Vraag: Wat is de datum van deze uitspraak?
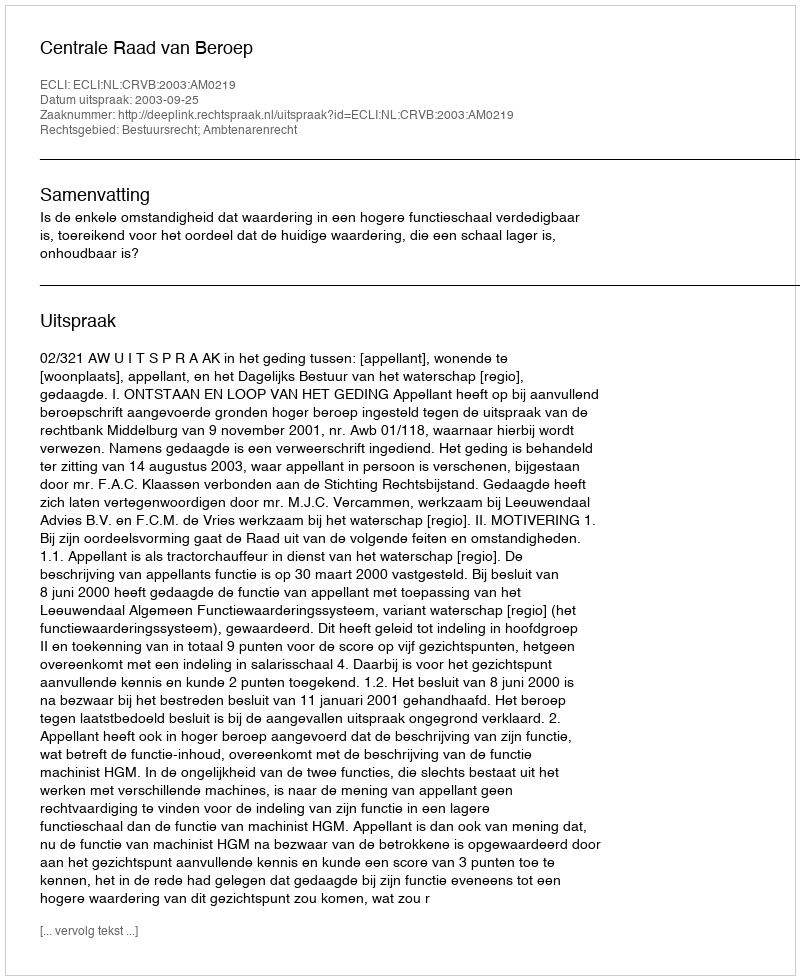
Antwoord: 2003-09-25